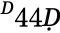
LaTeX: ^Ḋ44Ḍ